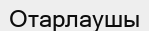
Отарлаушы